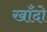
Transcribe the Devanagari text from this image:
खाँदो